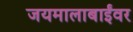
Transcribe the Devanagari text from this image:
जयमालाबाईंवर